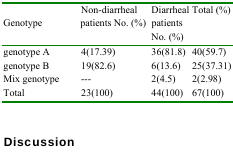
<table><thead><tr><td><b>Genotype</b></td><td><b>Non-diarrheal patients No. (%)</b></td><td><b>Diarrheal patients No. (%)</b></td><td><b>Total (%)</b></td></tr></thead><tbody><tr><td>genotype A </td><td>4(17.39)</td><td>36(81.8)</td><td>40(59.7)</td></tr><tr><td>genotype B </td><td>19(82.6)</td><td>6(13.6)</td><td>25(37.31)</td></tr><tr><td>Mix genotype</td><td>---</td><td>2(4.5)</td><td>2(2.98)</td></tr><tr><td>Total</td><td>23(100)</td><td>44(100)</td><td>67(100)</td></tr></tbody></table>